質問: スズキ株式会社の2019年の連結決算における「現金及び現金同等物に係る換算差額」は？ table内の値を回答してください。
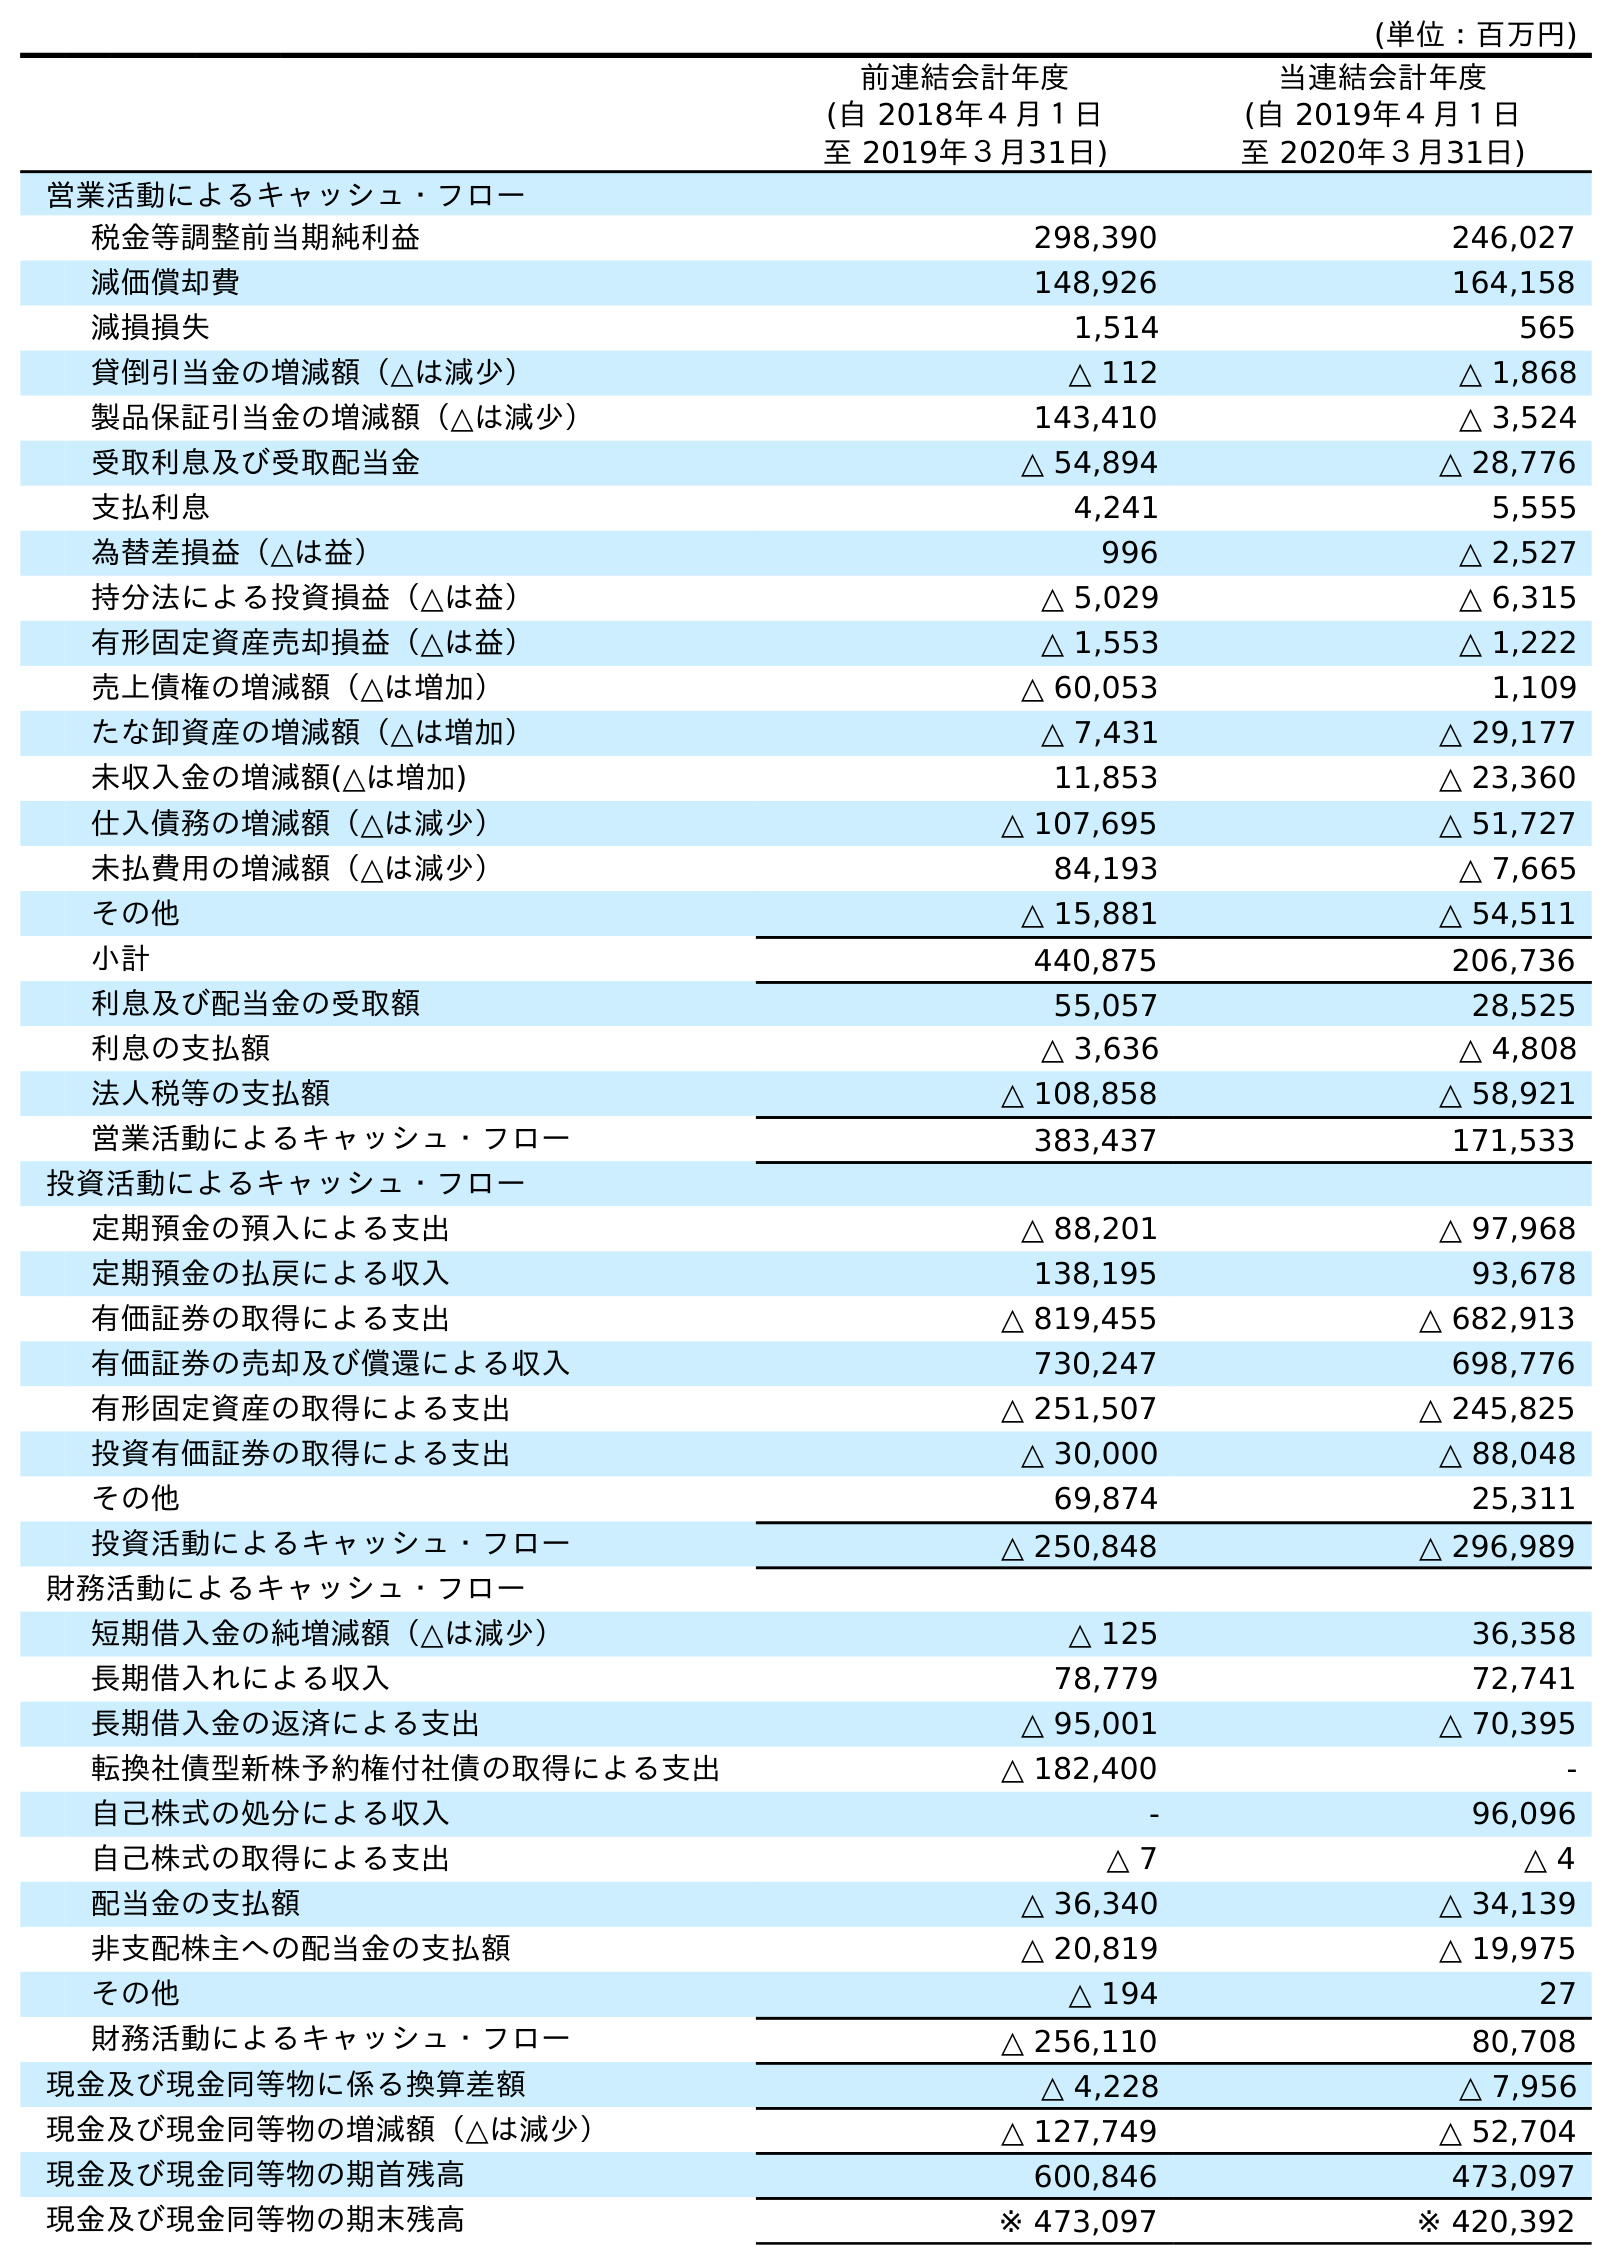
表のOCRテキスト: (単位：百万円) 前連結会計年度 (自 2018年４月１日 至 2019年３月31日) 当連結会計年度 (自 2019年４月１日 至 2020年３月31日) 営業活動によるキャッシュ・フロー 税金等調整前当期純利益 298,390 246,027 減価償却費 148,926 164,158 減損損失 1,514 565 貸倒引当金の増減額（△は減少） △ 112 △ 1,868 製品保証引当金の増減額（△は減少） 143,410 △ 3,524 受取利息及び受取配当金 △ 54,894 △ 28,776 支払利息 4,241 5,555 為替差損益（△は益） 996 △ 2,527 持分法による投資損益（△は益） △ 5,029 △ 6,315 有形固定資産売却損益（△は益） △ 1,553 △ 1,222 売上債権の増減額（△は増加） △ 60,053 1,109 たな卸資産の増減額（△は増加） △ 7,431 △ 29,177 未収入金の増減額(△は増加) 11,853 △ 23,360 仕入債務の増減額（△は減少） △ 107,695 △ 51,727 未払費用の増減額（△は減少） 84,193 △ 7,665 その他 △ 15,881 △ 54,511 小計 440,875 206,736 利息及び配当金の受取額 55,057 28,525 利息の支払額 △ 3,636 △ 4,808 法人税等の支払額 △ 108,858 △ 58,921 営業活動によるキャッシュ・フロー 383,437 171,533 投資活動によるキャッシュ・フロー 定期預金の預入による支出 △ 88,201 △ 97,968 定期預金の払戻による収入 138,195 93,678 有価証券の取得による支出 △ 819,455 △ 682,913 有価証券の売却及び償還による収入 730,247 698,776 有形固定資産の取得による支出 △ 251,507 △ 245,825 投資有価証券の取得による支出 △ 30,000 △ 88,048 その他 69,874 25,311 投資活動によるキャッシュ・フロー △ 250,848 △ 296,989 財務活動によるキャッシュ・フロー 短期借入金の純増減額（△は減少） △ 125 36,358 長期借入れによる収入 78,779 72,741 長期借入金の返済による支出 △ 95,001 △ 70,395 転換社債型新株予約権付社債の取得による支出 △ 182,400 - 自己株式の処分による収入 - 96,096 自己株式の取得による支出 △ 7 △ 4 配当金の支払額 △ 36,340 △ 34,139 非支配株主への配当金の支払額 △ 20,819 △ 19,975 その他 △ 194 27 財務活動によるキャッシュ・フロー △ 256,110 80,708 現金及び現金同等物に係る換算差額 △ 4,228 △ 7,956 現金及び現金同等物の増減額（△は減少） △ 127,749 △ 52,704 現金及び現金同等物の期首残高 600,846 473,097 現金及び現金同等物の期末残高 ※ 473,097 ※ 420,392
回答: △4,228